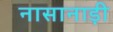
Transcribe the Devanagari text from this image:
नासानाड़ी